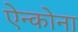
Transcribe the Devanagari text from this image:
ऐन्कोना